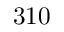
3 1 0